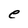
Character: e